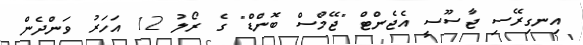
އިނގިރޭސި ޖާސޫސީ އެޖެންޓް "ޖޭމްސް ބޮންޑް" ގެ ރޯލު 12 އަހަރު ވަންދެން